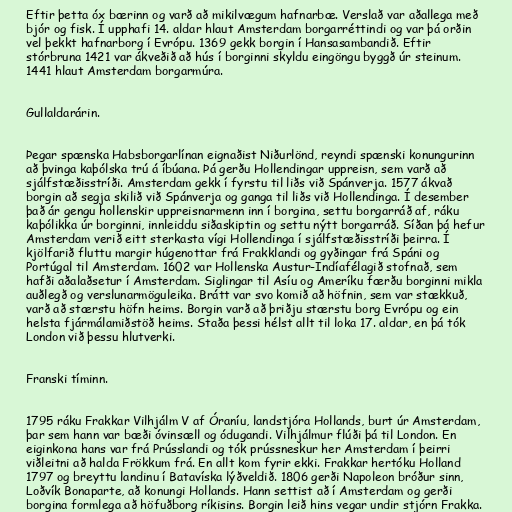
Eftir þetta óx bærinn og varð að mikilvægum hafnarbæ. Verslað var aðallega með
bjór og fisk. Í upphafi 14. aldar hlaut Amsterdam borgarréttindi og var þá orðin
vel þekkt hafnarborg í Evrópu. 1369 gekk borgin í Hansasambandið. Eftir
stórbruna 1421 var ákveðið að hús í borginni skyldu eingöngu byggð úr steinum.
1441 hlaut Amsterdam borgarmúra.

Gullaldarárin.

Þegar spænska Habsborgarlínan eignaðist Niðurlönd, reyndi spænski konungurinn
að þvinga kaþólska trú á íbúana. Þá gerðu Hollendingar uppreisn, sem varð að
sjálfstæðisstríði. Amsterdam gekk í fyrstu til liðs við Spánverja. 1577 ákvað
borgin að segja skilið við Spánverja og ganga til liðs við Hollendinga. Í desember
það ár gengu hollenskir uppreisnarmenn inn í borgina, settu borgarráð af, ráku
kaþólikka úr borginni, innleiddu siðaskiptin og settu nýtt borgarráð. Síðan þá hefur
Amsterdam verið eitt sterkasta vígi Hollendinga í sjálfstæðisstríði þeirra. Í
kjölfarið fluttu margir húgenottar frá Frakklandi og gyðingar frá Spáni og
Portúgal til Amsterdam. 1602 var Hollenska Austur-Indíafélagið stofnað, sem
hafði aðalaðsetur í Amsterdam. Siglingar til Asíu og Ameríku færðu borginni mikla
auðlegð og verslunarmöguleika. Brátt var svo komið að höfnin, sem var stækkuð,
varð að stærstu höfn heims. Borgin varð að þriðju stærstu borg Evrópu og ein
helsta fjármálamiðstöð heims. Staða þessi hélst allt til loka 17. aldar, en þá tók
London við þessu hlutverki.

Franski tíminn.

1795 ráku Frakkar Vilhjálm V af Óraníu, landstjóra Hollands, burt úr Amsterdam,
þar sem hann var bæði óvinsæll og ódugandi. Vilhjálmur flúði þá til London. En
eiginkona hans var frá Prússlandi og tók prússneskur her Amsterdam í þeirri
viðleitni að halda Frökkum frá. En allt kom fyrir ekki. Frakkar hertóku Holland
1797 og breyttu landinu í Batavíska lýðveldið. 1806 gerði Napoleon bróður sinn,
Loðvík Bonaparte, að konungi Hollands. Hann settist að í Amsterdam og gerði
borgina formlega að höfuðborg ríkisins. Borgin leið hins vegar undir stjórn Frakka.